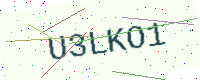
Text: U3LKO1